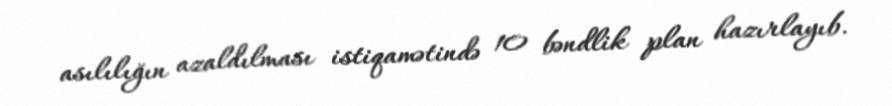
asılılığın azaldılması istiqamətində 10 bəndlik plan hazırlayıb.